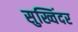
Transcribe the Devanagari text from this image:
सुख्विंदर